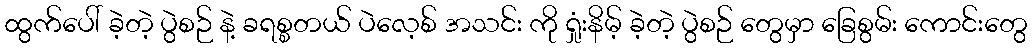
ထွက်ပေါ် ခဲ့တဲ့ ပွဲစဉ် နဲ့ ခရစ္စတယ် ပဲလေ့စ် အသင်း ကို ရှုံးနိမ့် ခဲ့တဲ့ ပွဲစဉ် တွေမှာ ခြေစွမ်း ကောင်းတွေ